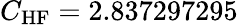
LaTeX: C_{\mathrm{HF}}=2.837297295